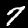
Label: 7